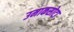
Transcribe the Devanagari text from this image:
उमाकसोटा